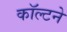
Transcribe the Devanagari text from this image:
कॉल्टने